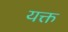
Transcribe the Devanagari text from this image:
यक्त